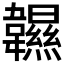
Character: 𩏰